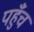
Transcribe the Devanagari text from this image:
पहुॅंच